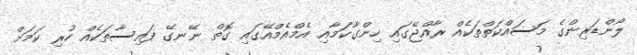
ލޯންޑަރިންގެ މަސައްކަތްތަކެއް ރާއްޖޭގައި ހިންގާކަމާއި އެމްއެމްއޭގައި ގޮތް ނޭނގޭ ފައިސާތަކެއް ހުރި ކަމަށް